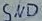
Text: gnd